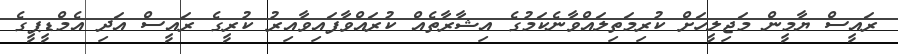
ރައީސް ޔާމީން މަޖިލީހަށް ކުރިމަތިލައްވާނެކަމުގެ އިޝާރާތެއް ކުރައްވާފައިވާއިރު ކުރީގެ ރައީސް އަދި އެމްޑީޕީގެ